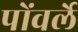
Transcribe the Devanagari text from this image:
पोंवर्ले